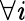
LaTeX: \forall\mathit{i}